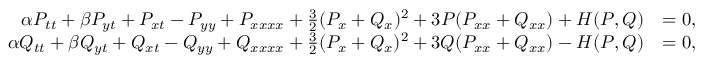
\begin{array} { r l } { \alpha P _ { t t } + \beta P _ { y t } + P _ { x t } - P _ { y y } + P _ { x x x x } + \frac { 3 } { 2 } ( P _ { x } + Q _ { x } ) ^ { 2 } + 3 P ( P _ { x x } + Q _ { x x } ) + H ( P , Q ) } & { = 0 , } \\ { \alpha Q _ { t t } + \beta Q _ { y t } + Q _ { x t } - Q _ { y y } + Q _ { x x x x } + \frac { 3 } { 2 } ( P _ { x } + Q _ { x } ) ^ { 2 } + 3 Q ( P _ { x x } + Q _ { x x } ) - H ( P , Q ) } & { = 0 , } \end{array}